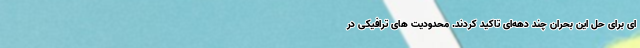
ای برای حل این بحران چند دهه‌ای تاکید کردند. محدودیت های ترافیکی در